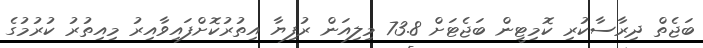
ބަޖެތް ދިރާސާކުރި ކޮމިޓީން ބަޖެޓަށް 73.8 މިލިއަން ރުފިޔާ އިތުރުކޮށްފައިވާއިރު މިއިތުރު ކުރުމުގެ